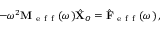
- \omega ^ { 2 } \mathbf { M } _ { \mathrm { ~ e ~ f ~ f ~ } } ( \omega ) \hat { \mathbf { X } } _ { O } = \hat { \mathbf { F } } _ { \mathrm { ~ e ~ f ~ f ~ } } ( \omega ) \, ,